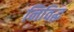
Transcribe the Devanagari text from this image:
निविद्ध